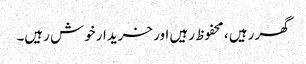
گھر رہیں ، محفوظ رہیں اور خریدار خوش رہیں۔